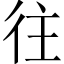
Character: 往